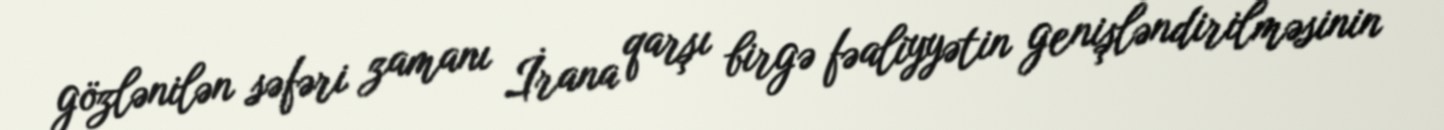
gözlənilən səfəri zamanı İrana qarşı birgə fəaliyyətin genişləndirilməsinin